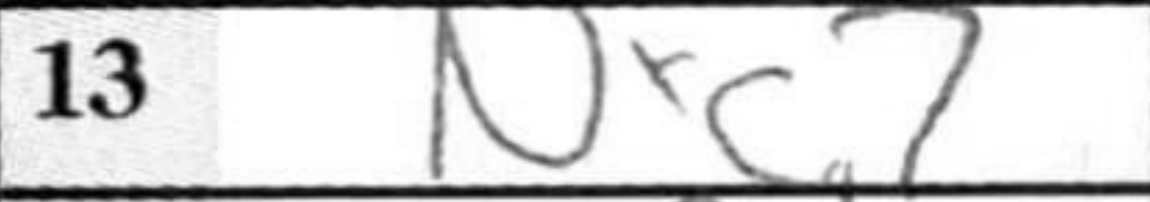
Transcription: Nxc7